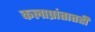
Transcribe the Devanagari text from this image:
कलाप्रांतातही